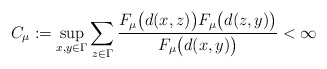
\begin{align*} C_\mu := \sup_{x,y \in \Gamma} \sum_{z\in\Gamma} \frac{F_{\mu}\bigl(d(x,z)\bigr)F_{\mu}\bigl(d(z,y)\bigr)}{F_{\mu}\bigl(d(x,y)\bigr)} < \infty \end{align*}